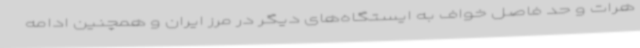
هرات و حد فاصل خواف به ایستگاه‌های دیگر در مرز ایران و همچنین ادامه